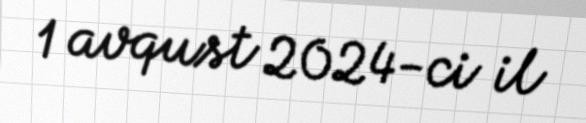
1 avqust 2024-ci il